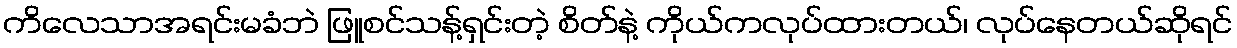
ကိလေသာအရင်းမခံဘဲ ဖြူစင်သန့်ရှင်းတဲ့ စိတ်နဲ့ ကိုယ်ကလုပ်ထားတယ်၊ လုပ်နေတယ်ဆိုရင်